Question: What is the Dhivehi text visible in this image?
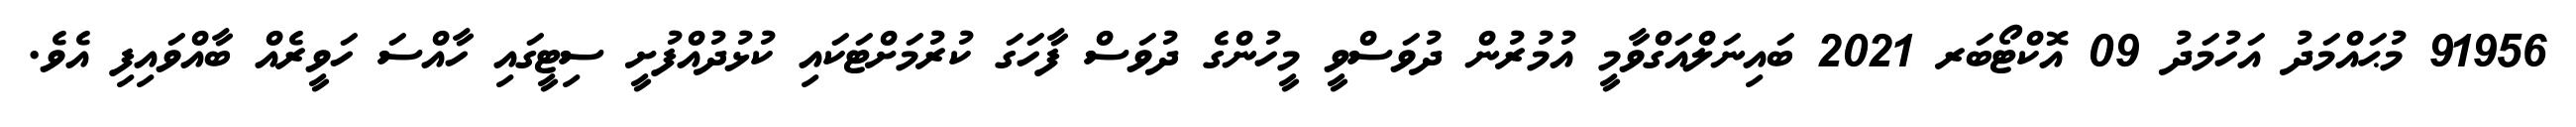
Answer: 91956 މުޙައްމަދު އަހުމަދު 09 އޮކްޓޯބަރ 2021 ބައިނަލްއަގްވާމީ އުމުރުން ދުވަސްވީ މީހުންގެ ދުވަސް ފާހަގަ ކުރުމަށްޓަކައި ކުޅުދުއްފުށީ ސިޓީގައި ހާއްސަ ހަވީރެއް ބާއްވައިފި އެވެ.